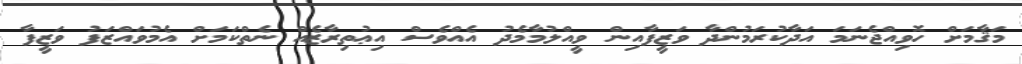
މަޤާމަށް ހޮވިއްޖެނަމަ އަދާކުރަމުންދާ ވަޒީފާއިން ވީއްލުމާމެދު އެއްވެސް އިޢުތިރާޒެއް ނެތްކަމަށް އެމުވައްޒަފު ވަޒީފާ